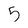
Character: 5